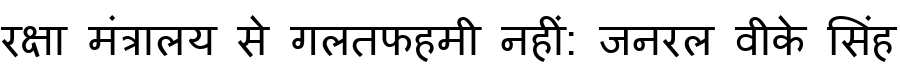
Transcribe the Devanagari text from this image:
रक्षा मंत्रालय से गलतफहमी नहीं: जनरल वीके सिंह